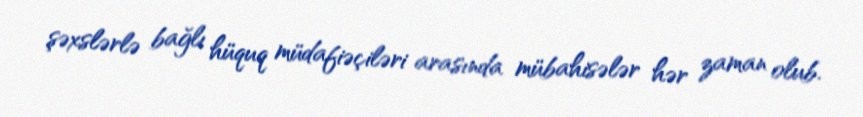
şəxslərlə bağlı hüquq müdafiəçiləri arasında mübahisələr hər zaman olub.